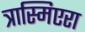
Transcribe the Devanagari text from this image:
त्रास्मिएरा